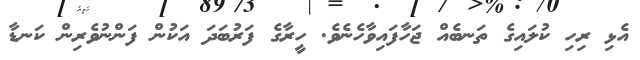
އެޅި ރިހި ކުލައިގެ ތަނބެއް ޖަހާފައިވާހެނެވެ. ހީރާގެ ފަރުބަދަ އަކުން ފަންނުވެރިން ކަނޑާ